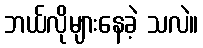
ဘယ်လိုများနေခဲ့ သလဲ။